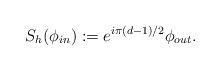
LaTeX: \begin{align*}S_{h}(\phi_{in}) := e^{i\pi(d-1)/2}\phi_{out}.\end{align*}